Lunatic asylums Bombay report 1878-1890 - 1878-1890
Year: 1878
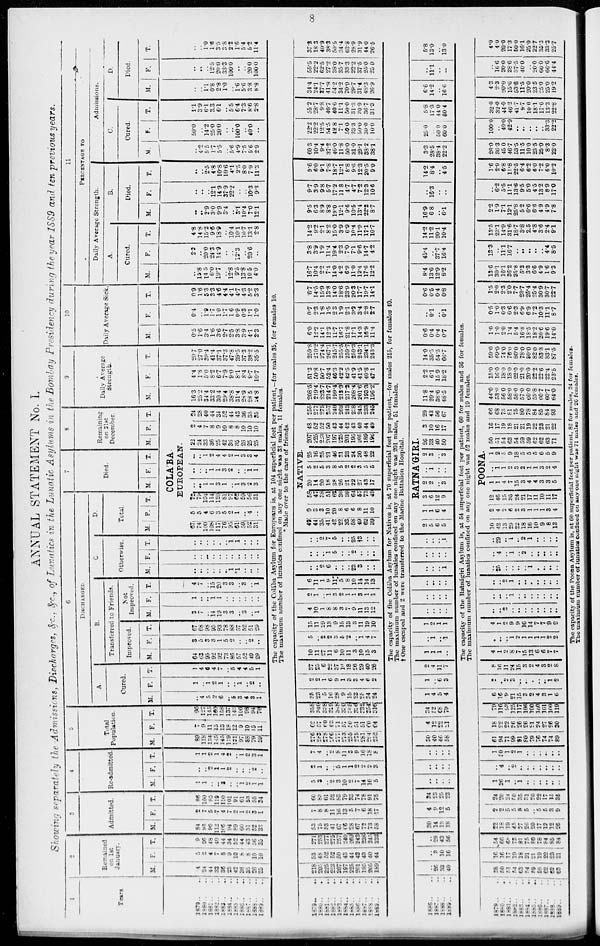
8
ANNUAL STATEMENT No. I.
Showing separately the Admissions, Discharges, &c., &c., of Lunatics in the Lunatic Asylums in the Bombay Presidency during the year 1SS9 and ten previous years.
1
Years.
1879.. ..
1880 .. ..
1881.. ..
1882.. ..
1883 .. ..
1884 ..
..
1885.. ..
1886 .. ..
1887 .. ..
1888.. ..
1889 .. ..
2
Remained
on 1st
January.
M.
4
24
44
33
36
25
42
36
35
26
25
F.
5
2
4
7
8
9
10
8
8
10
10
T.
9
26
48
40
44
34
52
44
43
36
35
3
Admitted.
M.
84
93
90
112
106
94
89
60 51
52
33
F.
2
7
5
7
4
7
2
1
2
3
1
T.
86
100
95
119
110
101
91
61
53
55
34
4
Re-admitted.
M.
1
1
..
..
3
..
.. 1
2
1
1
F.
..
..
2 1
1
2
..
..
.. 2
..
T.
1
1
2
1
4
2
.. 1
2
3
1
5
Total
Population.
M.
89
118
134
145
145
119
131
97
88
79
59
F.
7
9
11
15
13
18
12
9
10
15
11
T.
96
127
145
160 158
137
143
106
98
94
70
6
DISCHARGED.
A.
Cured.
M.
..
4
5
2
6
.. 5
3
4
3 1
F.
1
..
1
2
1 ..
..
1
.. 2
..
T.
1
4
6 4
7
.. 5
4
4 5
1
B.
Transferred to Friends.
Improved.
M.
64
63
95 92
92
73
86
57
52
49
29
F.
3
5
3
3
1
5
2
..
..
2
..
T.
67
68
98
95 93
78
88 57
52
51
29
Not
Improved.
M.
3
7
..
14
19
3
3
..
3
..
1
F.
1
..
..
1
1
..
..
..
..
..
..
T.
4
7
..
15
20
3
3
..
3
..
1
C
Otherwise.
M.
..
..
..
..
..
..
1
*1
..
..
..
F.
..
..
..
..
..
..
..
..
..
..
..
T.
..
..
..
..
..
..
1
1
..
..
..
D.
Total.
M. F. T.
7
Died.
M. F. T.
8
Remaining
on 31st
December.
M. F. |T.
COLABA
EUROPEAN.
67
74
100
108
117
76
95
61
59
52
31
5
5
4
6
3
5
2
1
..
4
..
72
79
104
114
120 81
97
62
59
56
31
..
..
1
1
3 1
..
1
3
2
3
..
.. ..
1
1
3
2 ..
..
1
1
..
..
1
2
4
4
2
1
3
3
4
22
24
33
36 25
42
36
35
26 25
25
2
4
7
8
9
10
8
8
10
10
10
24
28
40
44
34
52
44
43
36
35
35
9
Daily Average
Strength.
M.
16.3
25.2
34.4
33.2
30.4
29.4
38.8
31.4
28.9
28.5
24.8
F.
4.4
1.8
5.0
8.2
6.7
7.9
9.0
8.1
8.4
9.7
10.7
T.
20.7
27.0
39.4
41.4
37.1
37.3
47.8
39.5
37.3
38.2
35.5
10
Daily Average Sick.
M.
0.5
1.6
3.4
1.6
3.6
2.7
2.5
3.8
3.9
4.1
2.3
F.
0.4
..
1.9
1.7
1.0
1.7
1.6
0.9
0.3
1.1
1.0
T.
0.9
1.6
5.3
3.3
4.6
4.4
4.1
4.7
4.3
5.2
3.3
11
PERCENTAGE TO
Daily Average Strength.
A.
Cured.
M.
..
15.8
14.5
6.0
19.7
.. 12.8
9.5
13.8
10.5
4.0
F.
2.2
..
20.0
24.3
14.9
..
.. 12.3
.. 20.6
..
T.
4.8
14.8
15.2
9.6
18.9
.. 10.4
10.1
10.7
13.1
2.8
B.
Died.
H.
..
.. 2.9
3.0
9.9
3.4
.. 3.1
10.4
7.0
12.1
F.
..
..
..
12.1
14.9
37.9
22.2
..
.. 10.3
9.3
T.
..
..
2.5
4.8
10.8
10.6
4.1
2.5
8.0
7.9
11.3
Admissions.
C.
Cured.
M.
..
4.2
5.5
1.7
5.5
..
5.6
4.9
7.5
5.6
.29
F.
50.1
..
14.2
25.0
20.0
..
..
100.0
..
40.0
..
T.
1.1
3.9
6.1
3.3
6.1
..
5.5
6.4
7.3
8.6
2.8
D.
Died.
M.
..
..
1.1
0.8
2.8
1.0
..
1.6
5.6
3.8
8.8
F.
..
..
..
12.5
20.0
33.3
100.0
..
..
20.0
100.0
T.
..
..
1.0
1.6
3.5
3.8
2.2
1.6
5.4
5.2
11.4
The capacity of the Colába Asylum for Europeans is, at 104 superficial feet per patient,—for males 35, for females 10.
The maximum number of lunatics confined on any one night was 33 males, 11 females.
* Made over to the care of friends.
1879 .. ..
1880 .. ..
1881 .. ..
1882.. ..
1883 .. ..
1864 .. ..
1885 .. ..
1886 .. ..
1887 .. ..
1888 .. ..
1889 .. ..
218
205
225
223
207
197
225
201
195
205
189
53
48
52
52
50
43
44
42
43
40
44
271
253
277
275
257
240
269
243
238
245
233
53
75
53
41
67
66
28
67
72
73
58
7
8
8
11
16
13
5
7
6
18
17
60
83
61
52
83
79
33
74
78
91
75
5
3
..
2
3
10
2
7
14
16
5
2
1
..
.. 5
1
1
2
2
2
3
7
4
..
2
8
11
3
9
16
18
8
276
283
278
266
277
273
255
275
281
294
252
62
57
60
63
71
57
50
51
51
60
64
338
340
338
329
348
330
305
326
332
354
316
35
23
5
16
28
9
15
23
25
34
24
2
2
1
6
9
1
3
3
4
6
2
37
25
6
22
37
10
18
26
29
40
26
10
11
27
11
6
10
11
3
10
15
3
5
..
2
2
3
5
2
.. 1
4
7
15
11
29
13
9
15
13
3
11
19
10
4
10
1
8
8
3
7
9
11
13
12
2
1
..
1
3
2
1
1
3
1
1
6
11
1
9
11
5
8
10
14
14
13
..
..
2
6
..
..
..
23
3
..
..
..
..
..
1
5
..
..
2
..
..
..
..
..
2
7
5
..
..
25
†3
..
..
NATIVE.
49
44
35
42
42
22
33
58
49
62
39
9
3
3
10
20
8
6
6
8
11
10
58
47
38
51
62
30
39
64
57
73
49
20
14
20
18
38
26
21
22
27
43
17
5
2
5
3
8
5
2
2
3
5
5
25
16
25
21
46
31
23
24
30
48
22
207
225
223 207
197
225
201
195
205
189
196
48
52
52
50
43
44
42
43
40
44
49
255
277
275
257
240
269
243
238
245
233
245
208.5
219.4
223.7
214.7
199.4
213.3
217.2
208.4
201.6
193.3
196.2
51.3
50.8
50.7
52.4
46.3
42.2
42.5
41.9
41.5
40.8
47.1
259.8
270.2
274.4
267.1
245.7
255.5
239.7
250.3
243.1
234.1
243.3
6.0
12.2
14.1
12.3
11.7
16.7
21.8
17.1
14.3
16.9
11.4
0.7
2.3
1.8
1.5
2.3
1.9
2.1
3.2
3.4
2.8
2.7
6.7
14.5
15.9
13.8
14.0
18.6
23.9
20.3
17.7
19.7
14.1
16.7
10.4
2.2
7.4
14.0
4.2
6.9
11.0
12.4
17.6
12.2
3.8
3.9
1.9
11.4
19.4
2.3
7.0
7.1
9.6
14.7
4.2
14.2
9.2
2.1
8.2
15.0
3.9
6.9
10.4
11.9
17.1
10.7
9.5
6.3
8.9
8.8
19.0
12.1
9.6
10.5
13.4
22.2
8.7
9.7
3.9
9.8
5.7
17.2
11.8
4.7
4.7
7.2
12.3
10.6
9.6
6.0
9.1
7.8
18.7
12.1
8.8
9.6
12.3
20.5
9.0
60.3
10.4
9.4
37.2
40.0
11.8
50.0
31.0
29.1
38.2
38.1
22.2
22.2
12.5
54.5
42.8
7.1
50.0
33.3
50.0
30.0
10.0
55.2
28.7
9.8
40.7
40.6
11.1
50.0
31.3
30.9
36.7
31.3
34.4
24.1
37.7
41.8
54.2
34.2
70.0
29.7
31.4
48.3
26.9
55.5
22.2
62.5
27.2
38.0
35.7
33.3
22.2
37.5
25.0
25.0
37.3
18.3
40.9
38.3
50.5
34.4
63.8
28.9
31.9
44.0
26.5
The capacity of the Colába Asylum for Natives is, at 70 superficial feet per patient,—for males 215, for females 40
The maximum number of lunatics confined on any one night was 201 males, 51 females.
† One escaped and 2 were transferred to the Marine Battalion Hospital.
1886 .. ..
1887 .. ..
1888 .. ..
1889 .. ..
..
26 33
40
..
3
10
l6
..
29
43
56
30
14
13
18
4
9
12
5
34
23
25
23
..
..
..
..
..
..
..
..
..
..
..
..
30
40
46
58
4
12
22
21
34
52 68
79
1
4
5
4
1
.. 6
3
2
4
11
7
1
1
1
..
..
1
..
1
1
2
1
1
..
..
..
..
..
..
..
..
..
..
..
..
..
..
..
1
..
..
..
..
..
..
..
1
RATNA'GIRI.
2
5
6
5
1
1
6
4
3
6
12
9
2
2
..
3
..
1
..
..
2
3
..
3
26
33
40
50
3
10
16
17
29
43
56
67
11.8
29.4
38.6
48.5
2.2
6.1
15.9
18.2
14.0
35.5
54.5
66.7
0.6
0.4
0.4
0.7
..
0.1
..
0.1
0.6
0.5
0.4
0.8
8.4
13.6
12.9
8.2
45.4
..
37.7
16.4
14.2
11.2
20.1
10.4
16.9
6.8
..
6.1
..
16.3
..
..
14.2
8.4
..
4.5
3.3
28.5
38.4
22.2
25.0
..
50.0
60.0
5.8
17.3
44.0
30.4
6.6
14.2
..
16.6
..
11.1
..
..
5.8
13.0
..
13.0
The capacity of the Ratnágiri Asylum is, at 54 superficial feet per patient, 60 for males and 36 for females.
The maximum number of lunatics confined on any one night was 52 males and 19 females.
1879 .. ..
1880 . . ..
1881 .. ..
1882 .. ..
1883 .. ..
1884 .. ..
1885 .. ..
1886 .. ..
1887.. ..
1888 .. ..
1889.. ..
38
50
51
54 63
54
59
59
62
62
63
16
16
17
19
18
21
21
19
22
23
21
54
66
68 73
81
75
80
78
84
85
84
22
18
19
45
27
26
20
17
12
12
26
2
2
5
5
8
5
.. 5
5
3
9
24
20
24
50
35
31 20
22
17
15
35
1
26
1
.. 1
..
..
..
..
..
..
..
4
.. 2
..
..
..
..
..
..
..
1
30 1
2
1
..
..
..
..
.. ..
61
94
71
99
91
80
79
76
74
74
89
18
22
22
26
26
26
21
24
27
26
30
79
116
93
125
117
106
100
100
101
100
119
6
16
9
21
15
3
2
4
3
1
6
2
.. 2
3
..
..
..
.. ..
1
2
8
16
11
24
15
3
2
4
3
2
8
4
1
2
8
7
15
13
6
6
7
7
..
..
..
1
2
1
1
1
1
2
2
4
1
2
9 9
16
14
7
7
9
9
..
..
2 ..
..
..
..
..
..
..
..
..
..
.. 1
..
..
..
..
..
..
..
..
.. 2
1
..
..
..
..
..
..
..
..
25
..
..
..
..
1
..
..
..
..
..
4
..
1
..
2
..
..
..
..
..
..
29
..
1
..
2
1
..
..
..
..
POONA.
10
42
13
29
22
18
16
10
9
8
13
2
4
2
6
2
3
1
1
1
3
4
12
46
15
35
24
21
17
11
10
11
17
1
1
4
7
15
3
4
4
3
3
5
..
1
1
2
3
2
1
1
3
2
4
1
2
5
9
18
5
5
5
6
5
9
50
51
54
63
54
59
59
62
62
63
71
16
17 19
18
21
21
19
22
23
21
22
66
68
73
81
75
80
78
84
85
84
93
44.0
53.0
56.0
58.0
58.0
57.0
60.0
59.8
60.7
60.7
64.0
15.0
16.0
18.0
18.0
22.0
21.0
20.0
22.2
22.6
22.4
23.5
59.0
69.0
74.0
76.0
80.0
78.0
80.0
82.0
83.3
83.1
87.5
1.0
1.0
2.0
1.4
5.4
16.8
18.5
18.2
20.6
19.6
14.0
0.5
1.0
0.3
0.6
2.3
6.9
6.9
7.2
10.3
11.1
8.7
1.5
2.0
2.3
2.0
7.7
23.7
25.4
25.4
30.9
30.7
22.7
13.6
30.1
16.1
36.2
25.8
5.2
3.3
6.6
4.9
1.6
9.3
13.3
.. 11.1
16.7
..
..
..
..
.. 4.4
8.5
13.5
23.1
14.9
31.6
18.7
3.8
2.5
4.8
3.6
2.4
9.1
2.2
1.9
7.1
12.1
25.8
5.2
6.6
6.6
4.9
4.9
7.8
..
6.2
5.5
11.1
13.6
9.5
5.0
4.5
13.2
8.9
17.0
1.6
2.9
6.8
11.8
22.5
6.4
6.2
6.0
7.2
6.0
10.2
26.0
36.3
45.0
46.7
53.6
11.5
10.0
23.5
25.0
8.3
23.0
100.0
.. 40.0
42.9
..
..
..
..
.. 33.3
22.2
32.0
32.0
44.0
46.2
41.7
9.7
10.0
18.1
17.0
13.3
22.8
4.3
2.3
20.0
15.6
53.8
11.5
20.0
23.5
25.0
25.0
19.2
..
16.6
20.0
28 . 6
37.5
40.0
.. 20.0
60.0
66.6
44.4
4.0
4.0
20.0
17.3
50.0
16.1
25.0
22.7
35.3
33.3
25.7
The capacity of the Poona Asylum is, at 60 superficial feet per patient, 82 for males, 24 for females.
The maximum number of lunatics confined on any one night was 71 males and 26 females.